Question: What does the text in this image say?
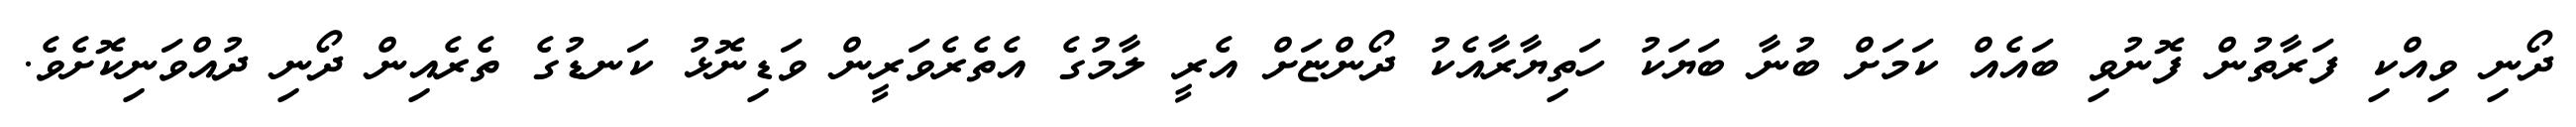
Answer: ދޯނި ވިއްކި ފަރާތުން ފޮނުވި ބައެއް ކަމަށް ބުނާ ބަޔަކު ހަތިޔާރާއެކު ދޯންޏަށް އެރީ ލާމުގެ އެތެރެވަރީން ވަޑިނޮޅު ކަނޑުގެ ތެރެއިން ދޯނި ދުއްވަނިކޮށެވެ.